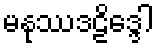
မနုဿဒဠိဒ္ဒေါ